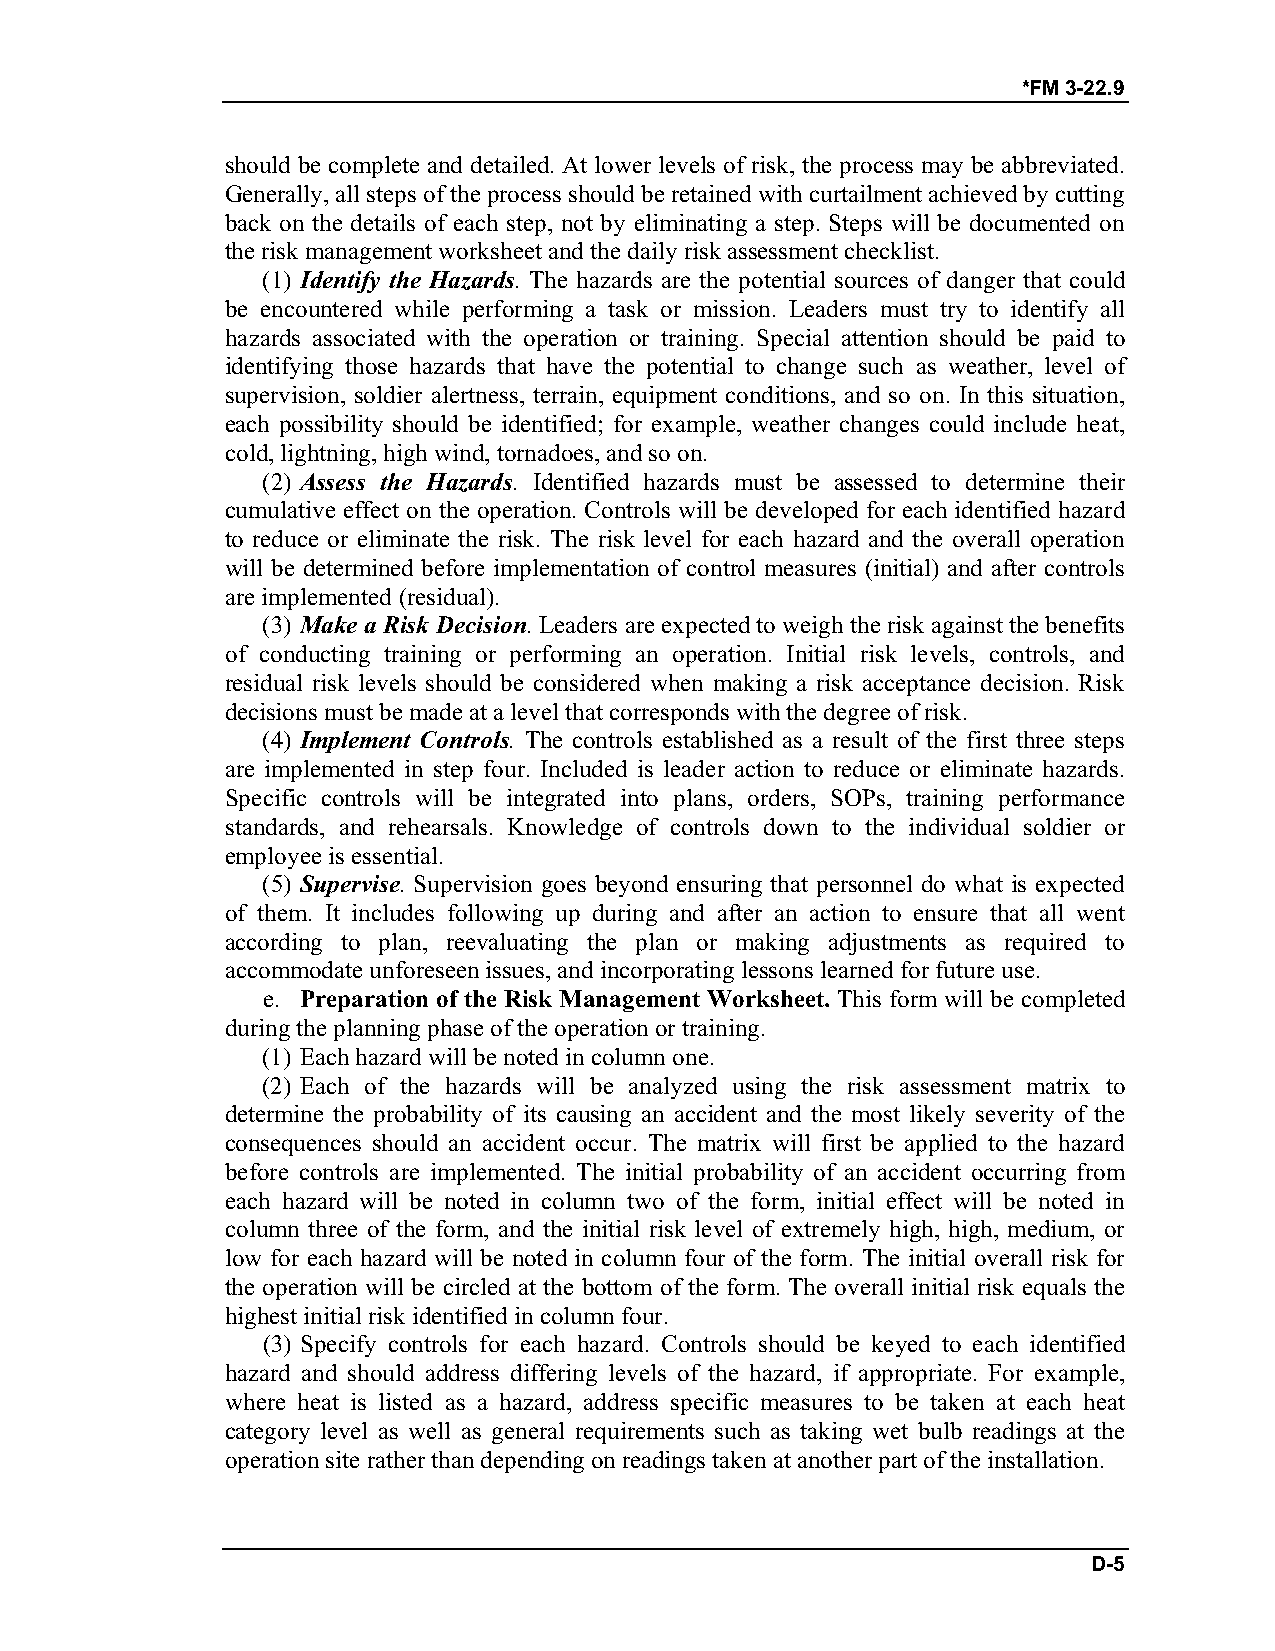
*FM 3-22.9
 should be complete and detailed. At lower levels of risk, the process may be abbreviated.
 Generally, all steps of the process should be retained with curtailment achieved by cutting
 back on the details of each step, not by eliminating a step. Steps will be documented on
 the risk management worksheet and the daily risk assessment checklist.
 (1) Identify the Hazards. The hazards are the potential sources of danger that could
 be encountered while performing a task or mission. Leaders must try to identify all
 hazards associated with the operation or training. Special attention should be paid to
 identifying those hazards that have the potential to change such as weather, level of
 supervision, soldier alertness, terrain, equipment conditions, and so on. In this situation,
 each possibility should be identified; for example, weather changes could include heat,
 cold, lightning, high wind, tornadoes, and so on.
 (2) Assess the Hazards. Identified hazards must be assessed to determine their
 cumulative effect on the operation. Controls will be developed for each identified hazard
 to reduce or eliminate the risk. The risk level for each hazard and the overall operation
 will be determined before implementation of control measures (initial) and after controls
 are implemented (residual).
 (3) Make a Risk Decision. Leaders are expected to weigh the risk against the benefits
 of conducting training or performing an operation. Initial risk levels, controls, and
 residual risk levels should be considered when making a risk acceptance decision. Risk
 decisions must be made at a level that corresponds with the degree of risk.
 (4) Implement Controls. The controls established as a result of the first three steps
 are implemented in step four. Included is leader action to reduce or eliminate hazards.
 Specific controls will be integrated into plans, orders, SOPs, training performance
 standards, and rehearsals. Knowledge of controls down to the individual soldier or
 employee is essential.
 (5) Supervise. Supervision goes beyond ensuring that personnel do what is expected
 of them. It includes following up during and after an action to ensure that all went
 according to plan, reevaluating the plan or making adjustments as required to
 accommodate unforeseen issues, and incorporating lessons learned for future use.
 e. Preparation of the Risk Management Worksheet. This form will be completed
 during the planning phase of the operation or training.
 (1) Each hazard will be noted in column one.
 (2) Each of the hazards will be analyzed using the risk assessment matrix to
 determine the probability of its causing an accident and the most likely severity of the
 consequences should an accident occur. The matrix will first be applied to the hazard
 before controls are implemented. The initial probability of an accident occurring from
 each hazard will be noted in column two of the form, initial effect will be noted in
 column three of the form, and the initial risk level of extremely high, high, medium, or
 low for each hazard will be noted in column four of the form. The initial overall risk for
 the operation will be circled at the bottom of the form. The overall initial risk equals the
 highest initial risk identified in column four.
 (3) Specify controls for each hazard. Controls should be keyed to each identified
 hazard and should address differing levels of the hazard, if appropriate. For example,
 where heat is listed as a hazard, address specific measures to be taken at each heat
 category level as well as general requirements such as taking wet bulb readings at the
 operation site rather than depending on readings taken at another part of the installation.
 D-5